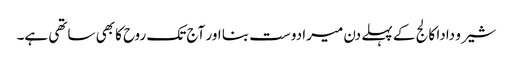
شیرو دادا کالج کے پہلے دن میرا دوست بنا اور آج تک روح کا بھی ساتھی ہے۔